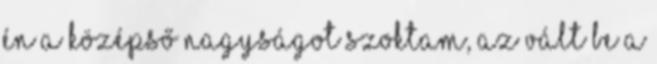
én a középső nagyságot szoktam, az vált be a